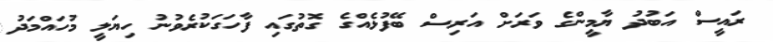
ރައީސް އަބުދު ޔާމީންގެ ވަރަށް އަރިސް ބޭފުޅެއްގެ ގޮތުގައި ފާހަގަކުރެވުނު ހިޔަލީ މުހައްމަދު